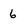
Character: 6